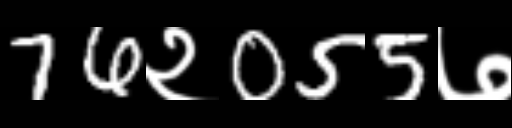
Text: 76२055७